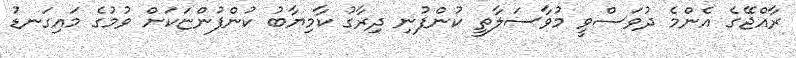
ރާއްޖޭގެ އެންމެ ދުވަސްވީ މުވާސަލާތީ ކުންފުނި ދިރާގު ކާމިޔާބު ކުންފުންޏަކަށް ވުމުގެ މައިގަނޑު